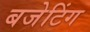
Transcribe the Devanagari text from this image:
बजेटिंग